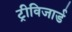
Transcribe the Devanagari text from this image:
ट्रीविजार्ड